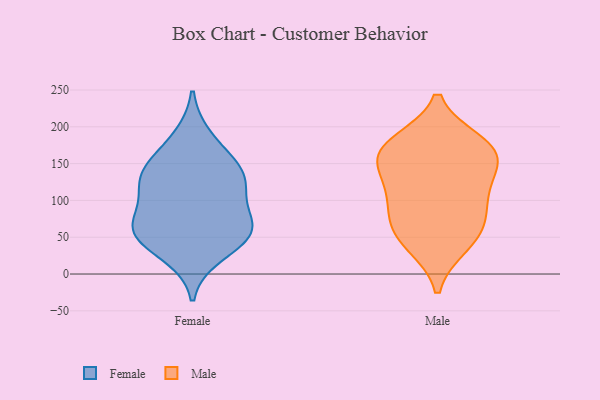
{"axis": {"x": "Humidity (%)", "y": "Value"}, "legend": ["Female", "Male"], "data": [{"x": "", "y": 53, "type": "Female"}, {"x": "", "y": 142, "type": "Female"}, {"x": "", "y": 69, "type": "Female"}, {"x": "", "y": 126, "type": "Female"}, {"x": "", "y": 123, "type": "Female"}, {"x": "", "y": 114, "type": "Female"}, {"x": "", "y": 57, "type": "Female"}, {"x": "", "y": 185, "type": "Female"}, {"x": "", "y": 68, "type": "Female"}, {"x": "", "y": 57, "type": "Female"}, {"x": "", "y": 151, "type": "Female"}, {"x": "", "y": 27, "type": "Female"}, {"x": "", "y": 105, "type": "Male"}, {"x": "", "y": 69, "type": "Male"}, {"x": "", "y": 169, "type": "Male"}, {"x": "", "y": 178, "type": "Male"}, {"x": "", "y": 40, "type": "Male"}, {"x": "", "y": 161, "type": "Male"}, {"x": "", "y": 47, "type": "Male"}, {"x": "", "y": 109, "type": "Male"}, {"x": "", "y": 130, "type": "Male"}, {"x": "", "y": 73, "type": "Male"}, {"x": "", "y": 156, "type": "Male"}, {"x": "", "y": 172, "type": "Male"}]}